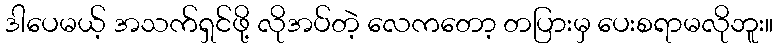
ဒါပေမယ့် အသက်ရှင်ဖို့ လိုအပ်တဲ့ လေကတော့ တပြားမှ ပေးစရာမလိုဘူး။